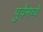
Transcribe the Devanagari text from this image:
पुर्वेमध्ये